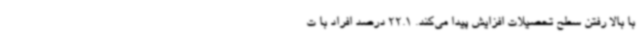
با بالا رفتن سطح تحصیلات افزایش پیدا می‌کند. 22.1 درصد افراد با ت